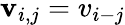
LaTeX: \mathbf v_{i,j}=v_{i-j}